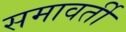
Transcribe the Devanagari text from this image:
समावर्ती